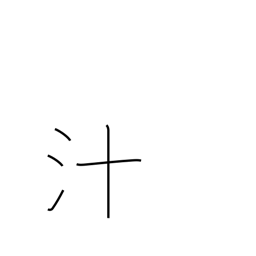
Meaning: pus